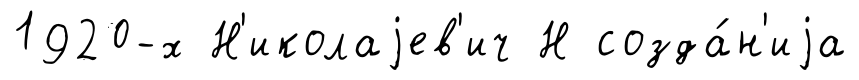
1920-х Н'иколаjев'ич Н созда́н'иjа